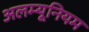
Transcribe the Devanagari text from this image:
अलम्यूनियम